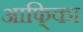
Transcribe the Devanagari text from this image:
आफि्का